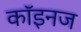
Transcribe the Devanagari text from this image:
कॉइनज